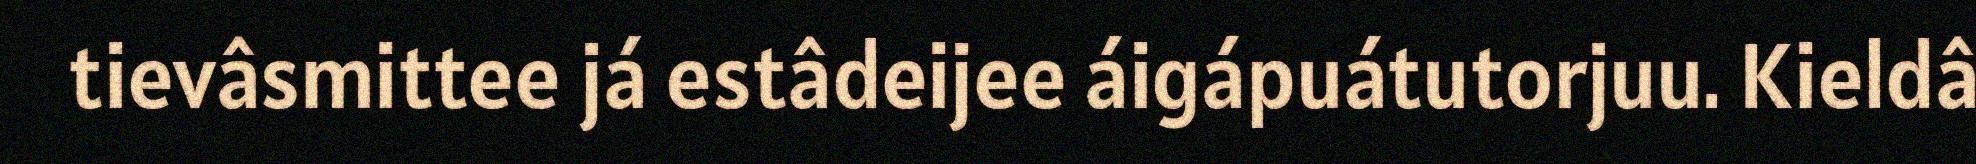
tievâsmittee já estâdeijee áigápuátutorjuu. Kieldâ